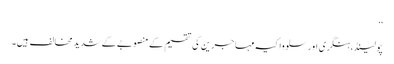
‘‘
پولینڈ، ہنگری اور سلوواکیہ مہاجرین کی تقسیم کے منصوبے کے شدید مخالف ہیں۔